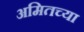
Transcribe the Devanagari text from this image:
अमितच्या